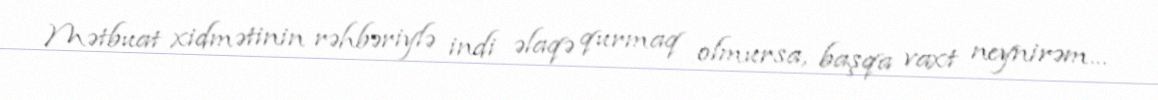
Mətbuat xidmətinin rəhbəriylə indi əlaqə qurmaq olmursa, başqa vaxt neynirəm...